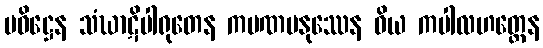
ပဝိဋ္ဌေန သံဃာဋိပါရုတေန ကပဏမနုဿေန ဝိယ ကပါလဟတ္ထေန